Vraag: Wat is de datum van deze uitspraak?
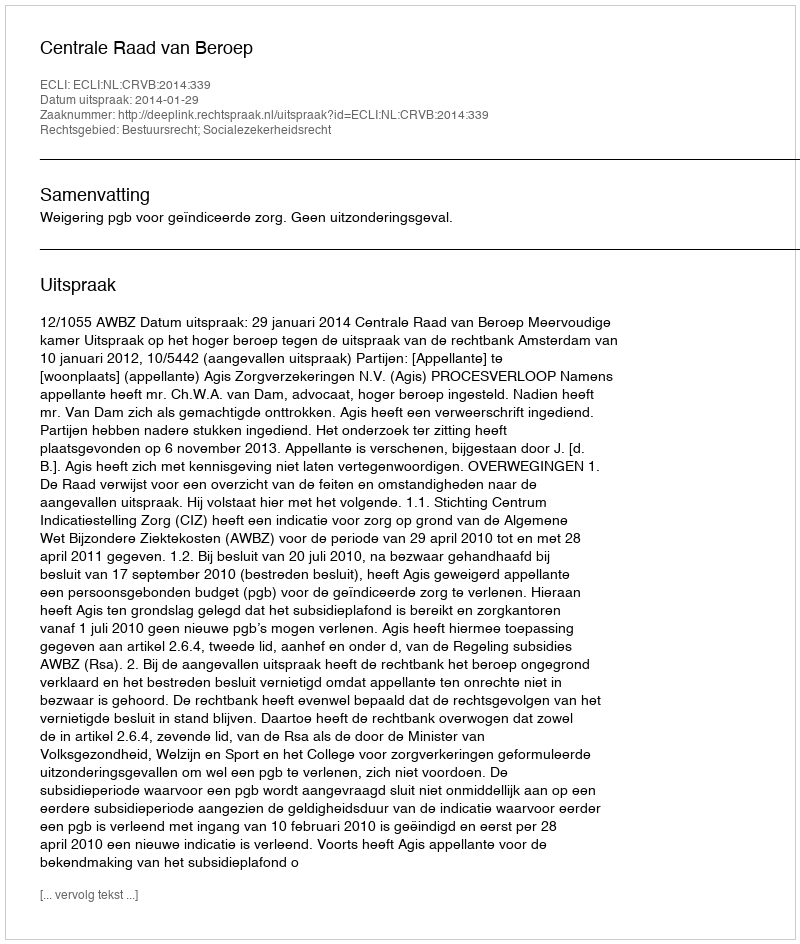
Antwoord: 2014-01-29